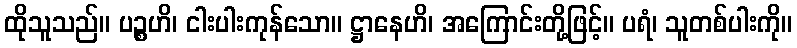
ထိုသူသည်။ ပဉ္စဟိ၊ ငါးပါးကုန်သော။ ဋ္ဌာနေဟိ၊ အကြောင်းတို့ဖြင့်။ ပရံ၊ သူတစ်ပါးကို။